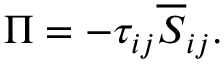
\Pi = - \tau _ { i j } \overline { S } _ { i j } .